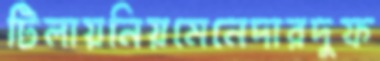
টিলায়নিয়মেনেদারদুফ